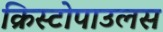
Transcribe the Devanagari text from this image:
क्रिस्टोपाउलस